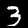
Digit: 3